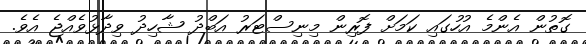
ގޮތުން އެންމެ އުހުގައި ކަމަށް ފޮރިން މިނިސްޓަރު އަބްދު ޝާހިދު ވިދާޅުވެއްޖެ އެވެ.